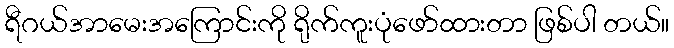
ရီဂယ်အာမေးအကြောင်းကို ရိုက်ကူးပုံဖော်ထားတာ ဖြစ်ပါ တယ်။